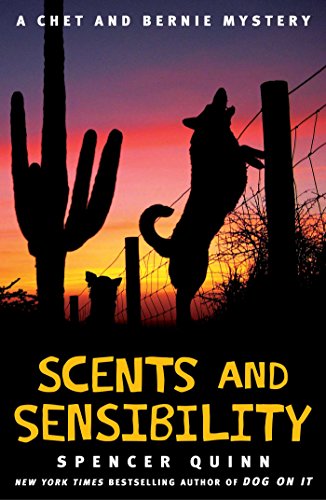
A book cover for Scents and Sensibility: A Chet and Bernie Mystery (The Chet and Bernie Mystery Series); Spencer Quinn; Mystery, Thriller & Suspense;